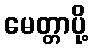
မေတ္တာပို့